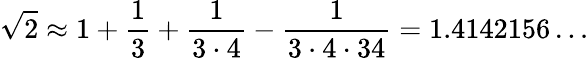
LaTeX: {\sqrt{2}}\approx 1+{\frac{1}{3}}+{\frac{1}{3\cdot 4}}-{\frac{1}{3\cdot 4\cdot 34}}=1.4142156\ldots